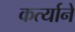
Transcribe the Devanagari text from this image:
कर्त्यानें